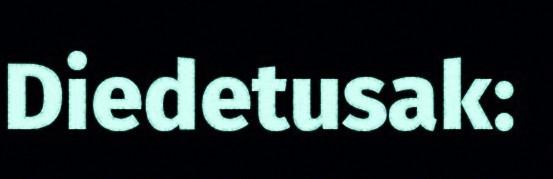
Diedetusak: